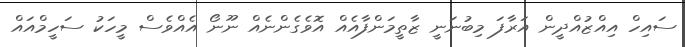
ސައިހް އިއްޒުއްދީން އަރާފަ މިބުނަނީ ޒާތީމަންފާއެއް އޮވެގެންނެއް ނޫނޯ އެއްވެސް މީހަކު ސަހީމްއައް